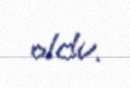
oldu.